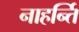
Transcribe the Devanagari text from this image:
नाहर्न्ति